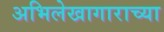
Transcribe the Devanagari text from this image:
अभिलेखागाराच्या